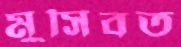
মুসিবত